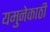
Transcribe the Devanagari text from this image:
यमुनेकाठी